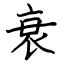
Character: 衰